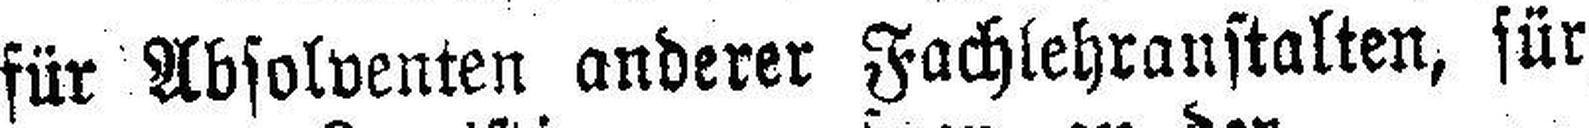
für Absolventen anderer Fachlehranstalten, für